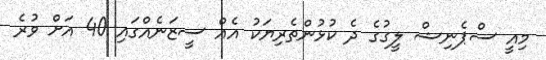
މިއީ ސްޕެނިޝް ލީގުގެ ދެ ކުޅުންތެރިޔަކު އެއް ސީޒަނެއްގައި 40 އަށް ވުރެ